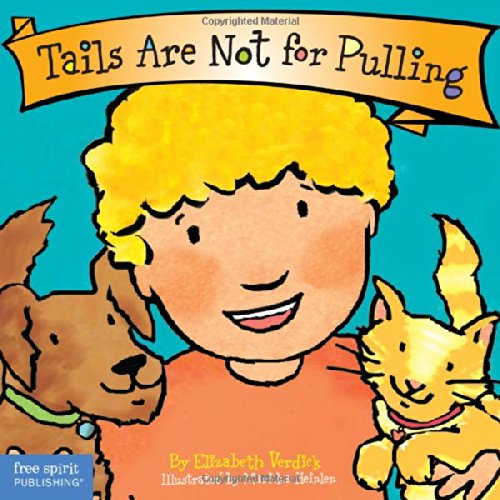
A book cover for Tails Are Not for Pulling (Board Book) (Best Behavior Series); Elizabeth Verdick; Children's Books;